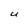
Character: U